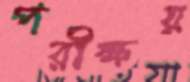
পরীক্ষয়